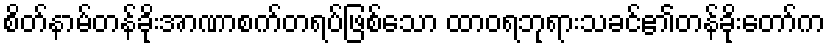
စိတ်နာမ်တန်ခိုးအာဏာစက်တရပ်ဖြစ်သော ထာဝရဘုရားသခင်၏တန်ခိုးတော်က